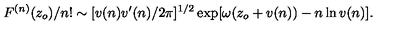
F ^ { ( n ) } ( z _ { o } ) / n ! \sim [ v ( n ) v ^ { \prime } ( n ) / 2 \pi ] ^ { 1 / 2 } \exp [ \omega ( z _ { o } + v ( n ) ) - n \ln v ( n ) ] .